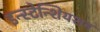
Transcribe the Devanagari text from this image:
इन्स्टेन्शियशन